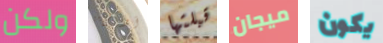
ولكن أوبراين قبلتها ميجان يكون